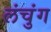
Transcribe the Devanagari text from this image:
लंचुंग